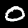
Label: 0